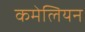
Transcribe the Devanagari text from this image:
कमेलियन